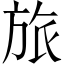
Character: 旅